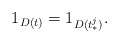
\begin{align*}1_{D(t)}=1_{D(t_*^j)}.\end{align*}